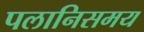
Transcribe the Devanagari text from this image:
पलानिसमय